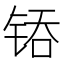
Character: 𰾇